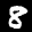
Label: 8